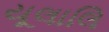
યૂલાલિ